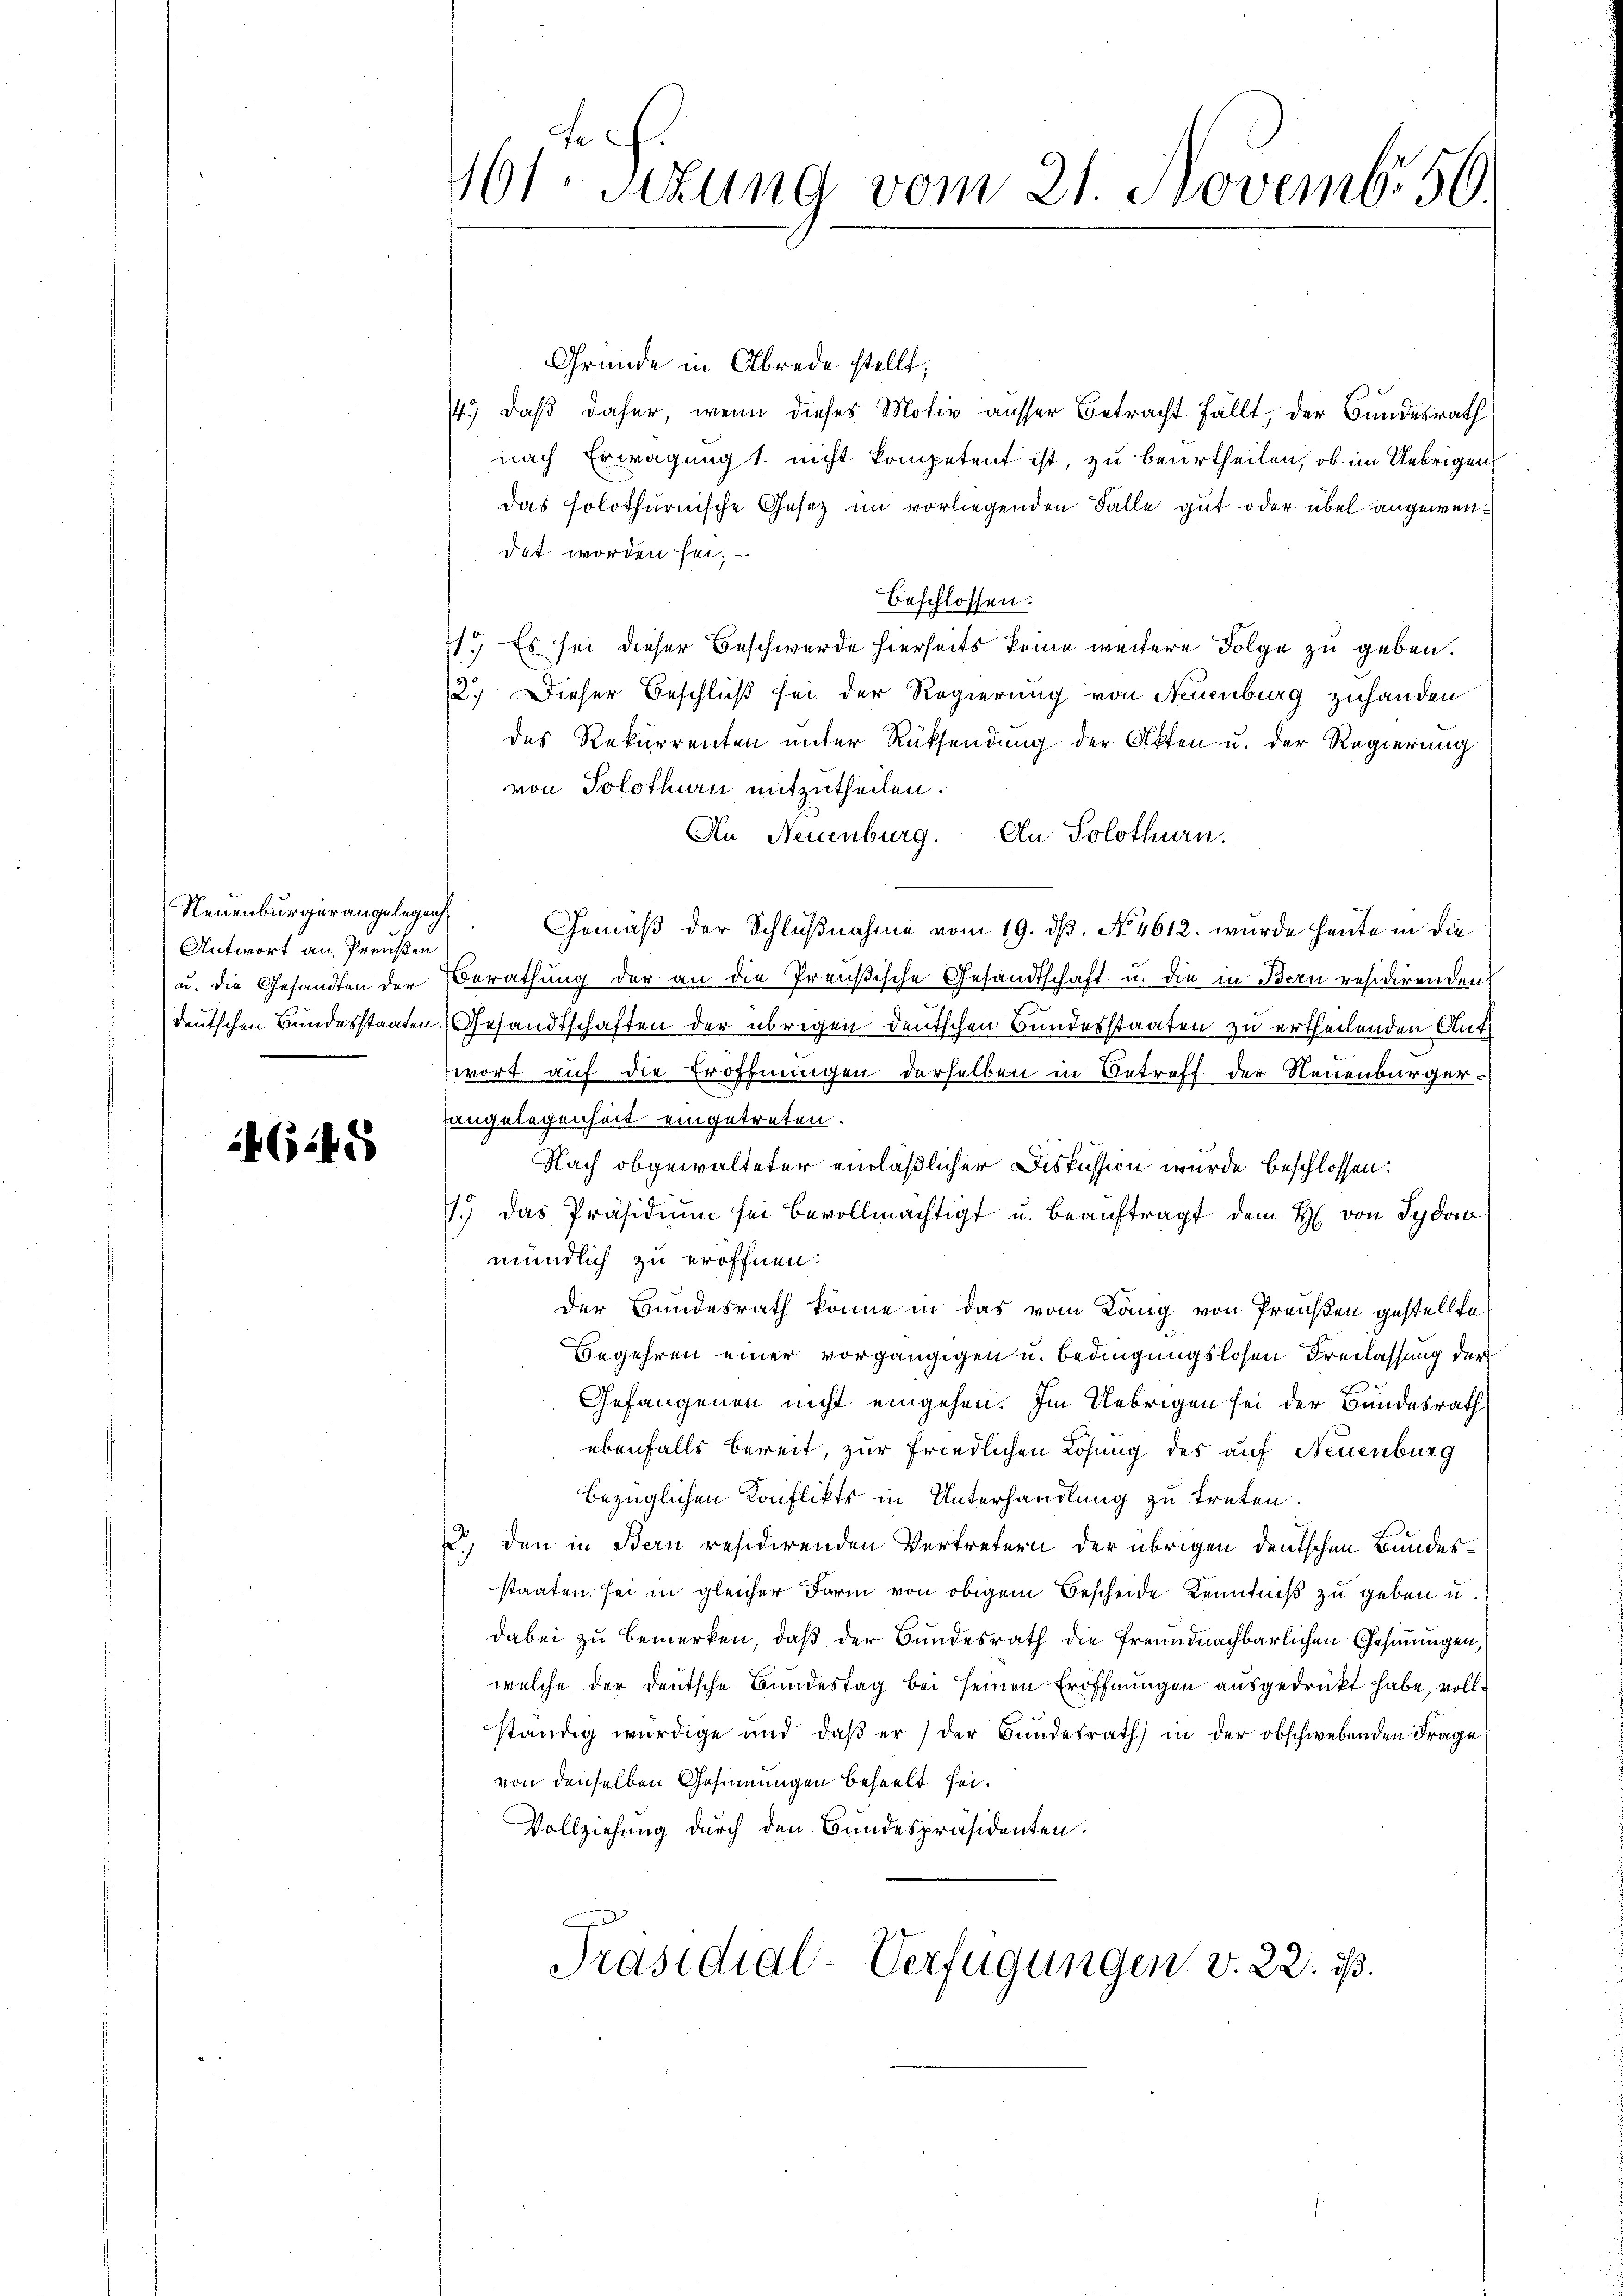
Neuenburgerangelegenh
Antwort an Preußen
u. die Gesandten der

4645

40fr. Sizung vom 21. Novembr 50.

Gründe in Abrede stellt;
14.) Daß daher, wenn dieses Motiv ausser Betracht fällt, der Bundesrath
nach Erwägung 1. nicht kompetent ist, zu beurtheilen, ob im Uebrigen
das solothurnische Gesetz im vorliegenden Falle gut oder übel angewendet worden sei.
beschlossen:
1.) Es sei dieser Beschwerde hierseits keine weitere Folge zu geben.
2.) Dieser Beschluß sei der Regierung von Neuenburg zuhanden
des Rekurrenten unter Rüksendung der Akten u. der Regierung
von Solothurn mitzutheilen.
An Neuenburg. An Solothurn.
Gemäß der Schlußnahme vom 19. dß. No. 4612. wurde heute in die
Berathung der an die Preußische Gesandtschaft u. die in Bern residirenden
deutschen Bundesstaaten. Gesandtschaften der übrigen deutschen Bundesstaaten zu ertheilenden Aufwort auf die Eröffnungen derselben in Betreff der Neuenburger
angelegenheit eingetreten.
Nach obgewalteter einläßlicher Diskussion wurde beschlossen:
1.) Das Präsidium sei bevollmächtigt u. beauftragt dem H. von Sydo
mündlich zu eröffnen.
Der Bundesrath könne in das vom König von Preußen gestellte
Begehren einer vorgängigen u. Bedingungslosen Freilassung der
Gefangenen nicht eingehen. Im Uebrigen sei der Bundesrath
ebenfalls bereit, zur friedlichen Losung des auf Neuenburg
bezüglichen Konflikts in Unterhandlung zu treten.
2) den in Bern residirenden Vertretern der übrigen deutschen Bundesstaaten sei in gleicher Form von obigem Bescheide Kenntniß zu geben u.
dabei zu bemerken, daß der Bundesrath die freundnachbarlichen Gesinnungen,
welche der deutsche Bundestag bei seinen Eröffnungen ausgedrückt habe, vollständig würdige und daß er / der Bundesrath in der obschwebenden Frage
von denselben Gesinnungen beseelt sei.
Vollziehung durch den Bundespräsidenten.
Präsidial-Verfügungen v. 22. ds.